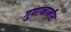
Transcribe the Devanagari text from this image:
गुणानामीश